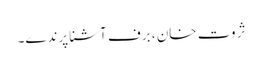
ثروت خان ، برف آشنا پرندے۔